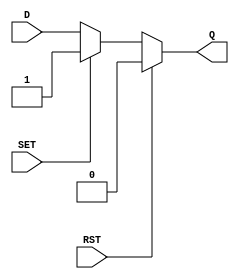
module async_register (
    input wire D,         // Data Input
    input wire SET,       // Asynchronous Set
    input wire RST,       // Asynchronous Reset
    output reg Q          // Data Output
);

// Asynchronous behavior: Set or reset takes precedence over data input
always @(*) begin
    if (RST) begin
        Q <= 1'b0;       // Asynchronous reset
    end else if (SET) begin
        Q <= 1'b1;       // Asynchronous set
    end else begin
        Q <= D;          // Capture data input
    end
end

endmodule